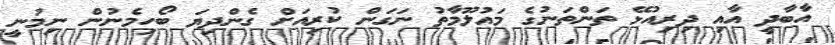
އާބާދީ އާއި ދިރިއުޅޭ ތަންތަނުގެ މައުލޫމާތު ނަގަން ކުރިއަށް ގެންދިޔަ ބޯހިމެނުން ނިމުނީ